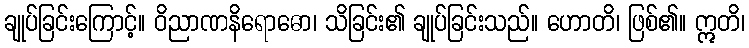
ချုပ်ခြင်းကြောင့်။ ဝိညာဏနိရောဓော၊ သိခြင်း၏ ချုပ်ခြင်းသည်။ ဟောတိ၊ ဖြစ်၏။ ဣတိ၊